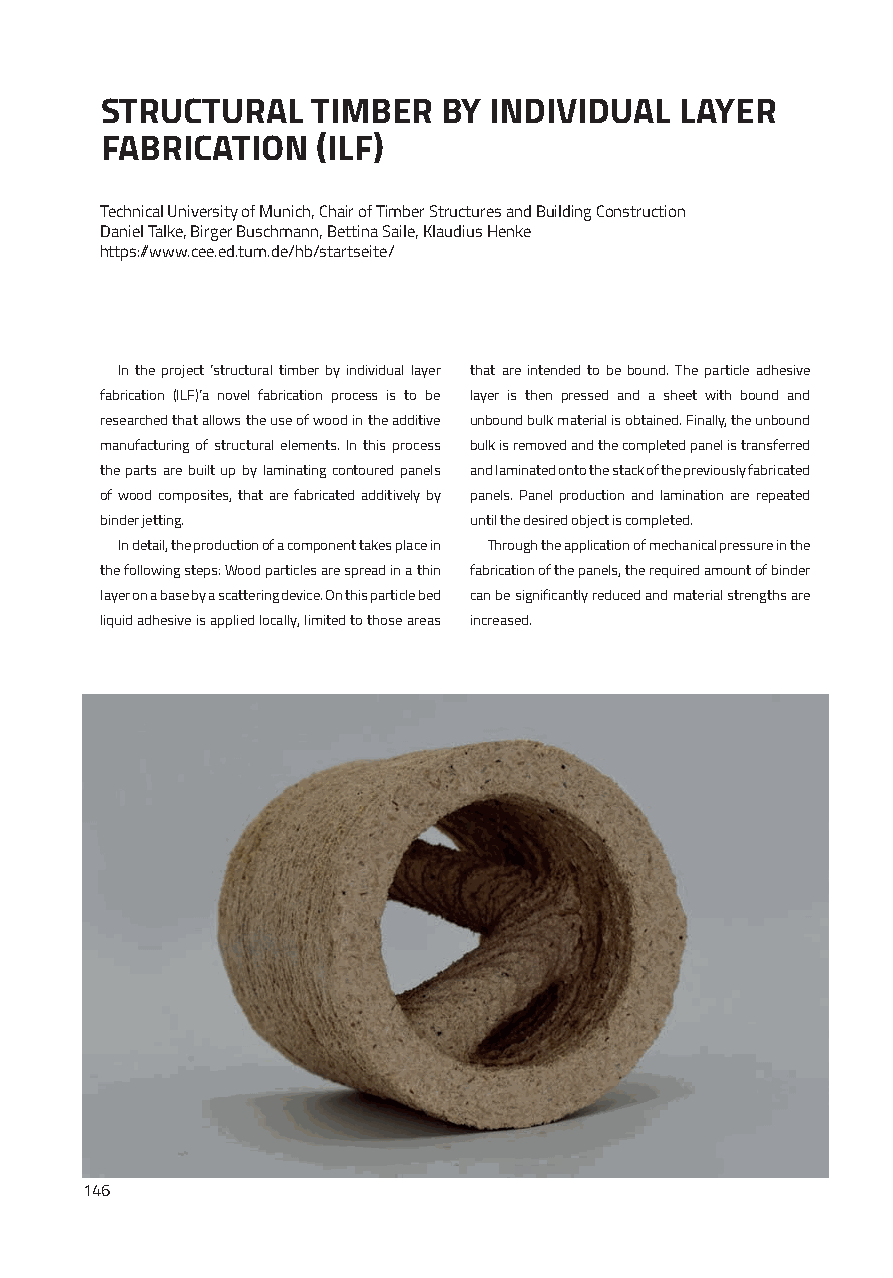
STRUCTURAL    TIMBER  BY INDIVIDUAL   LAYER
 FABRICATION   (ILF)
 Technical University of Munich, Chair of Timber Structures and Building Construction
 Daniel Talke, Birger Buschmann, Bettina Saile, Klaudius Henke
 https://www.cee.ed.tum.de/hb/startseite/
 In the project ‘structural timber by individual layer that are intended to be bound. The particle adhesive
 fabrication (ILF)’a novel fabrication process is to be layer is then pressed and a sheet with bound and
 researched that allows the use of wood in the additive unbound bulk material is obtained. Finally, the unbound
 manufacturing of structural elements. In this process bulk is removed and the completed panel is transferred
 the parts are built up by laminating contoured panels and laminated onto the stack of the previously fabricated
 of wood composites, that are fabricated additively by panels. Panel production and lamination are repeated
 binder jetting.         until the desired object is completed.
 In detail, the production of a component takes place in Through the application of mechanical pressure in the
 the following steps: Wood particles are spread in a thin fabrication of the panels, the required amount of binder
 layer on a base by a scattering device. On this particle bed can be significantly reduced and material strengths are
 liquid adhesive is applied locally, limited to those areas increased.
 146